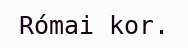
Római kor.